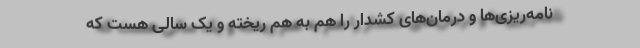
نامه‌ریزی‌ها و درمان‌های کشدار را هم به‌ هم ریخته و یک‌ سالی هست که